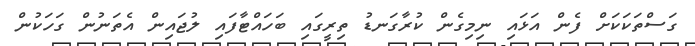
ގަސްތަކަކަށް ފެން އަޅައި ނިމިގެން ކުރާގަނޑު ތިރީގައި ބަހައްޓާފައި ލުޖައިން އެތަނުން ގަހަކުން